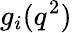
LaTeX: g_{i}(q^{2})